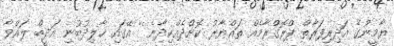
ޔާމީނުގެ އަދިރިފަރާތް ޕްރޮގްރާމެއް ތައްޔާރު ކޮށްދެއްކިދާނެ ' އޭގައި ޚާލިދުބުނި އަދީބް ލައްވާ